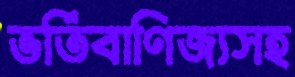
ভর্তিবাণিজ্যসহ